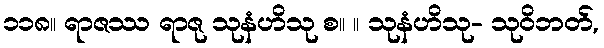
၁၁၈။ ရာဇဿ ရာဇု သုနံဟိသု စ။ ။ သုနံဟိသု- သုဝိဘတ်,